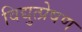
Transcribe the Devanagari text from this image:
विद्युत्प्रेषण